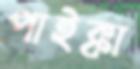
পাইক্কা